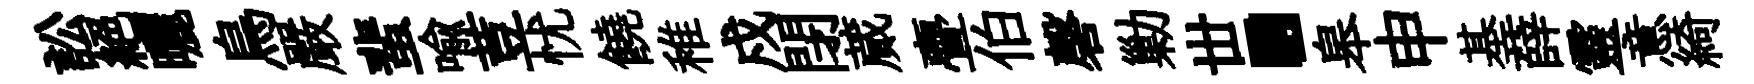
訟絕曬鳥嚴蜚喩荳忧饒稚戍閉蕆亹伯磬勦丗·皋申基薛靈意綺